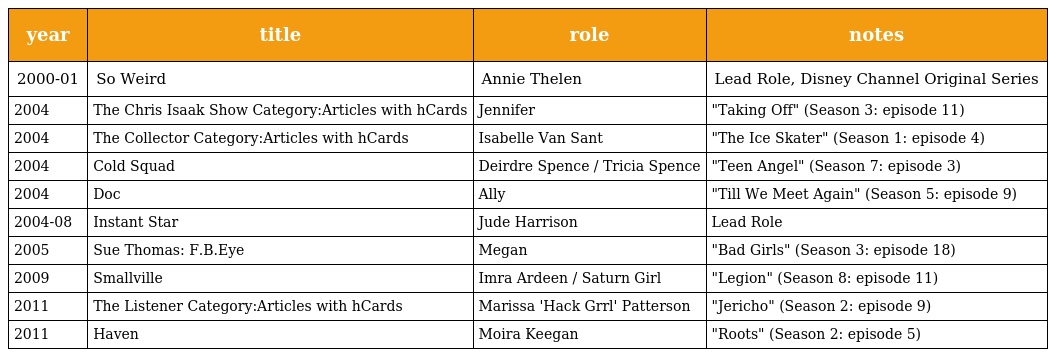
| year | title | role | notes |
 | --- | --- | --- | --- |
 | 2000-01 | So Weird | Annie Thelen | Lead Role, Disney Channel Original Series |
 | 2004 | The Chris Isaak Show Category:Articles with hCards | Jennifer | "Taking Off" (Season 3: episode 11) |
 | 2004 | The Collector Category:Articles with hCards | Isabelle Van Sant | "The Ice Skater" (Season 1: episode 4) |
 | 2004 | Cold Squad | Deirdre Spence / Tricia Spence | "Teen Angel" (Season 7: episode 3) |
 | 2004 | Doc | Ally | "Till We Meet Again" (Season 5: episode 9) |
 | 2004-08 | Instant Star | Jude Harrison | Lead Role |
 | 2005 | Sue Thomas: F.B.Eye | Megan | "Bad Girls" (Season 3: episode 18) |
 | 2009 | Smallville | Imra Ardeen / Saturn Girl | "Legion" (Season 8: episode 11) |
 | 2011 | The Listener Category:Articles with hCards | Marissa 'Hack Grrl' Patterson | "Jericho" (Season 2: episode 9) |
 | 2011 | Haven | Moira Keegan | "Roots" (Season 2: episode 5) |